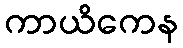
ကာယိကေန